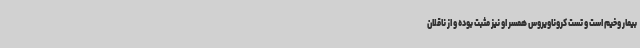
بیمار وخیم است و تست کروناویروس همسر او نیز مثبت بوده و از ناقلان